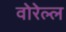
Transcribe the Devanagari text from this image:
वोरेल्ल